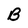
Character: B